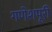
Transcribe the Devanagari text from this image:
गणेशपूरी